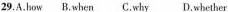
29.A.how B.when C.why D.whether